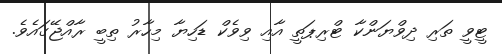
ޓީވީ ތަރި ދިވްޔަންކާ ޓްރިޕަތީ އާއި ވިވެކް ޑަހިޔާ މިހާރު ތިބީ ރާއްޖޭގައެވެ.